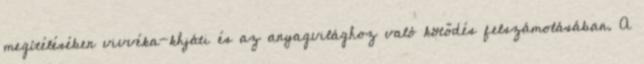
megítélésében vivvéka-khjáti és az anyagvilághoz való kötődés felszámolásában. A